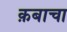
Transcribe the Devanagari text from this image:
क़बाचा